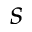
s